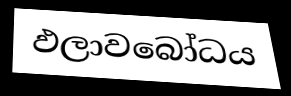
ඵලාවබෝධය